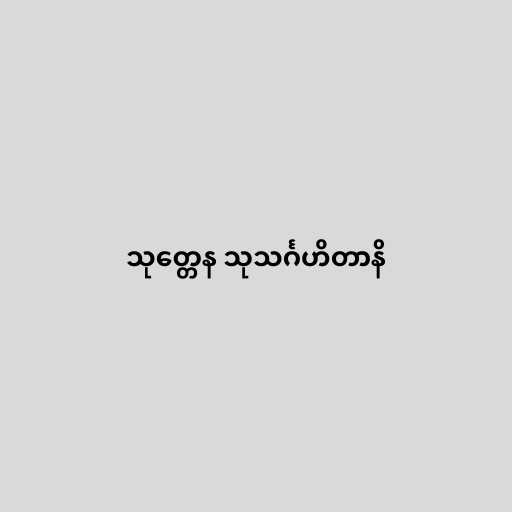
သုတ္တေန သုသင်္ဂဟိတာနိ